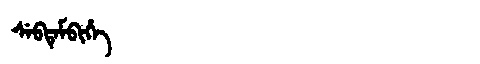
Manchu: ᠰᡝᠪᡨᡝᠮᠪᡳᡥᡝ
Romanization: SEBTEMBIHE